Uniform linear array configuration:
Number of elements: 12
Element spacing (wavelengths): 0.25
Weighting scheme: kaiser
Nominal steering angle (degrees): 0
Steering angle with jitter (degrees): -1.83
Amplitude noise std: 0.05
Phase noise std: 0.05

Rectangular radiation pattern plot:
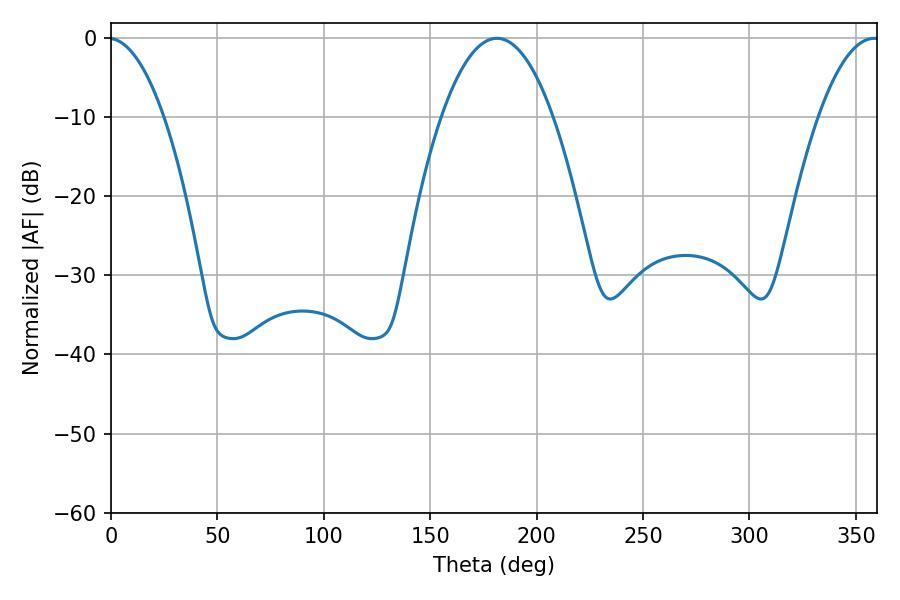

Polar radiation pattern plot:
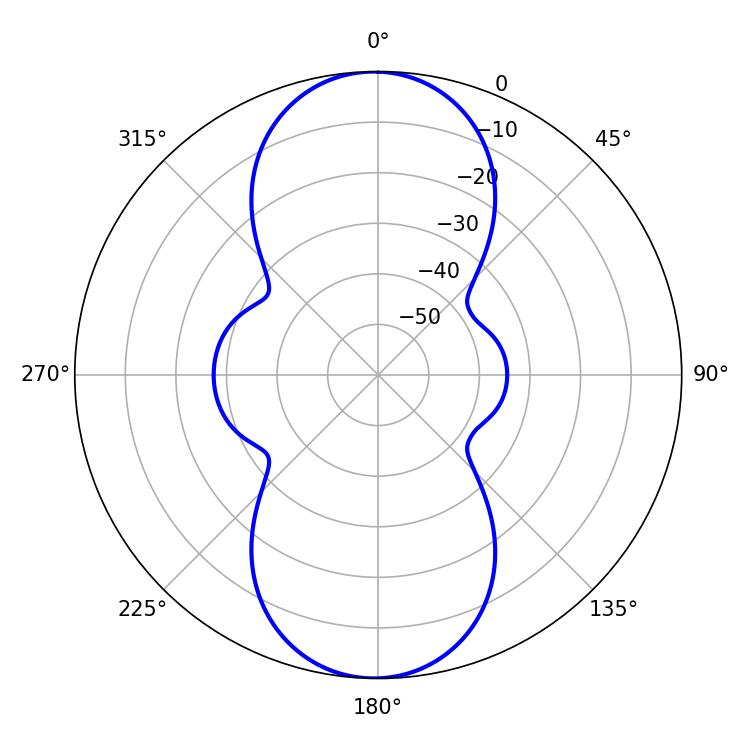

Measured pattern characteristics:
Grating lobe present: FALSE
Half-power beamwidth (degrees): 28.98
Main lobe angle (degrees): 181.26